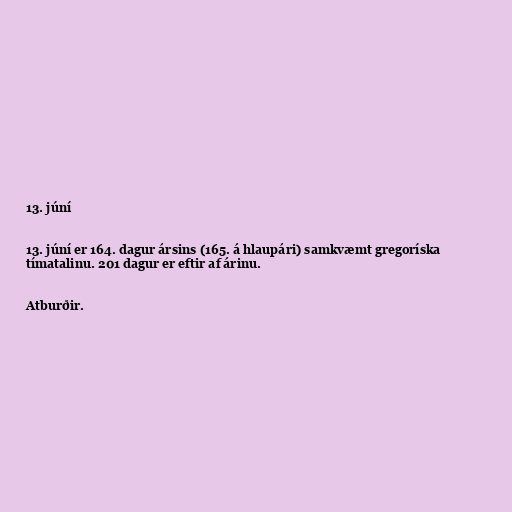
13. júní

13. júní er 164. dagur ársins (165. á hlaupári) samkvæmt gregoríska
tímatalinu. 201 dagur er eftir af árinu.

Atburðir.